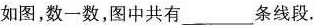
如图，数一数，图中共有___条线段.